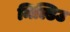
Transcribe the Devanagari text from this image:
मिल्डिउ